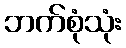
ဘက်စုံသုံး